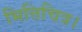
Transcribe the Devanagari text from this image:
भित्तिचित्र।